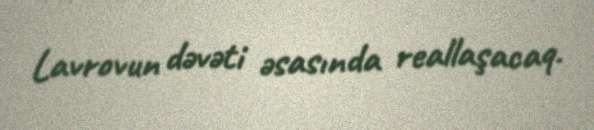
Lavrovun dəvəti əsasında reallaşacaq.